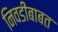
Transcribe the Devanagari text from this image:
निवडींबाबत